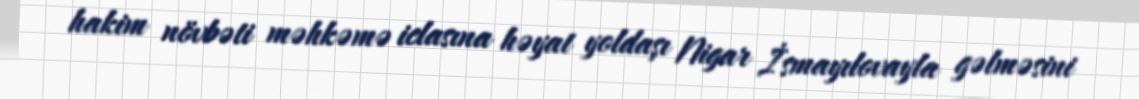
hakim növbəti məhkəmə iclasına həyat yoldaşı Nigar İsmayılovayla gəlməsini